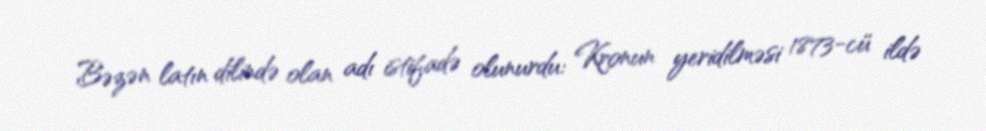
Bəzən latın dilində olan adı istifadə olunurdu: Kronun yeridilməsi 1873-cü ildə